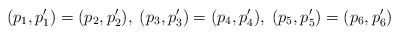
LaTeX: \begin{align*}(p_1,p'_1)=(p_2,p'_2),\; (p_3,p'_3)=(p_4,p'_4),\;(p_5,p'_5)=(p_6,p'_6)\end{align*}